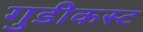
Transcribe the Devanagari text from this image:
गुडीकस्ट